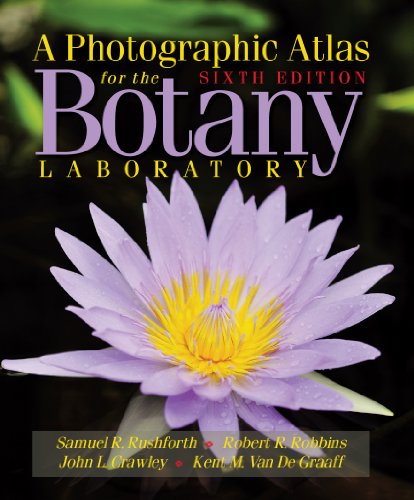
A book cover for A Photographic Atlas for the Botany Laboratory; Samuel R. Rushforth; Science & Math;